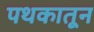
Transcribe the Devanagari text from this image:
पथकातून